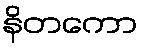
နိတကော